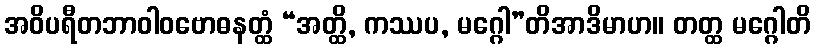
အဝိပရီတဘာဝါဝဗောဓနတ္ထံ “အတ္ထိ, ကဿပ, မဂ္ဂေါ”တိအာဒိမာဟ။ တတ္ထ မဂ္ဂေါတိ